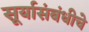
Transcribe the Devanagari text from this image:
सूर्यासंबंधीचे